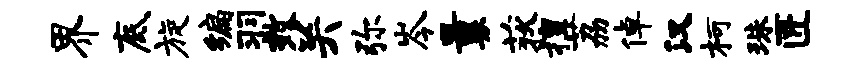
界底旋编羽效关弥岑曩荻擅荔倬汉柯珠匠